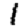
Digit: 1